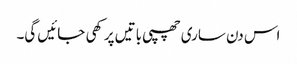
اس دن ساری چھپی باتیں پرکھی جائیں گی۔